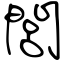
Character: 閭